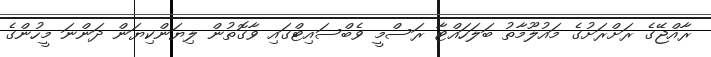
ރާއްޖޭގެ ރަށްރަށުގެ މައުލޫމާތު ބަލަހައްޓާ ރަސްމީ ވެބްސައިޓްގައި ވާގޮތުން ލިޔަންކިޔަން ދަންނަ މީހުންގެ